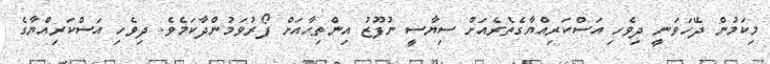
މިކަމުން ދޭހަވަނީ ދިވެހި އަސްކަރިއްޔާގެތެރެއަށް ސިޔާސީ ނުފޫޒު އިންތިހާއަށް ފޯރުވަމުންދާކަމެވެ. ދިވެހި އަސްކަރިއްޔާގެ